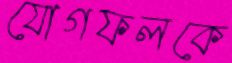
যোগফলকে